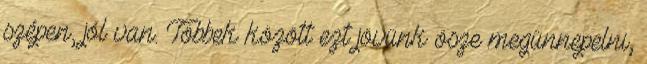
szépen, jól van. Többek között ezt jövünk ösze megünnepelni,